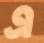
এ